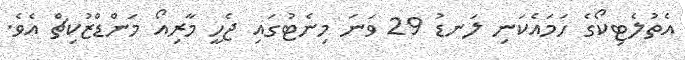
އެތުލެޓިކޯގެ ހަމައެކަނި ލަނޑު 29 ވަނަ މިނެޓުގައި ޖެހީ މާރިއޯ މަންޑްޒުކިޗް އެވެ.